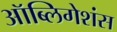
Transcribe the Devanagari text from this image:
ऑब्लिगेशंस